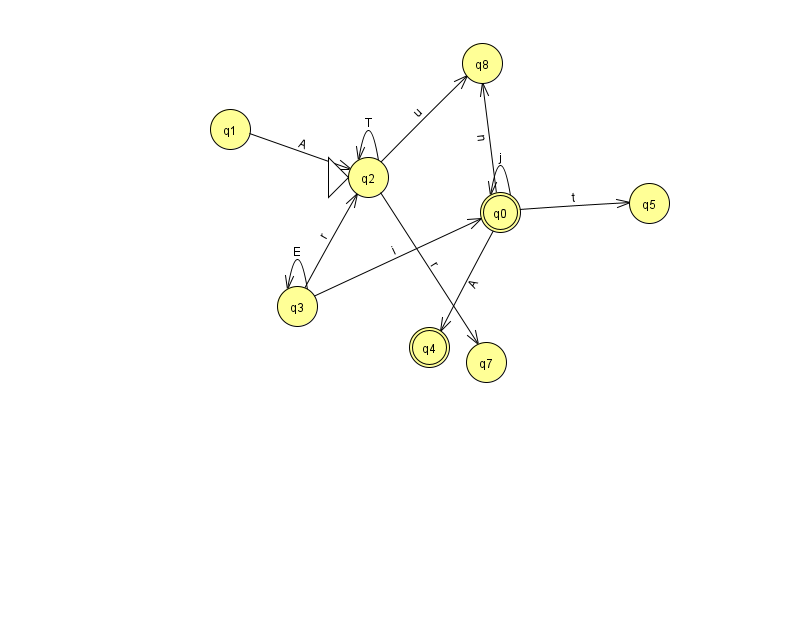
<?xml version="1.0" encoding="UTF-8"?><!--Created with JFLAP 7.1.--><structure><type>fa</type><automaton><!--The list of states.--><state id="0" name="q0"><x>500.0</x><y>199.0</y><final/></state><state id="1" name="q1"><x>230.0</x><y>116.0</y></state><state id="2" name="q2"><x>368.0</x><y>164.0</y><initial/></state><state id="3" name="q3"><x>297.0</x><y>293.0</y></state><state id="4" name="q4"><x>429.0</x><y>334.0</y><final/></state><state id="5" name="q5"><x>649.0</x><y>190.0</y></state><state id="7" name="q7"><x>486.0</x><y>349.0</y></state><state id="8" name="q8"><x>482.0</x><y>50.0</y></state><!--The list of transitions.--><transition><from>0</from><to>5</to><read>t</read></transition><transition><from>2</from><to>2</to><read>T</read></transition><transition><from>3</from><to>3</to><read>E</read></transition><transition><from>3</from><to>0</to><read>i</read></transition><transition><from>0</from><to>4</to><read>A</read></transition><transition><from>0</from><to>0</to><read>j</read></transition><transition><from>0</from><to>8</to><read>n</read></transition><transition><from>2</from><to>8</to><read>u</read></transition><transition><from>2</from><to>7</to><read>r</read></transition><transition><from>1</from><to>2</to><read>A</read></transition><transition><from>3</from><to>2</to><read>r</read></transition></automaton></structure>